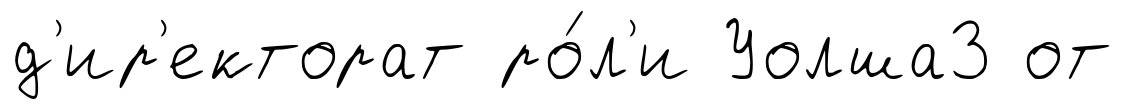
д'ир'екторат ро́л'и Уолша3 от